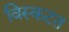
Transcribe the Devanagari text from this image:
विस्कटत